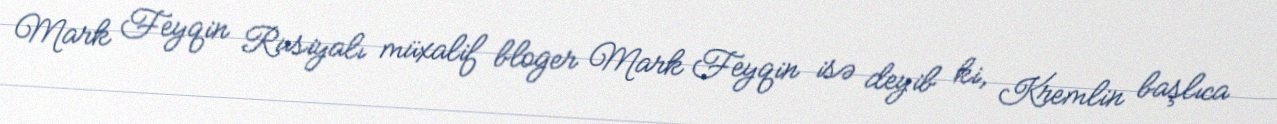
Mark Feyqin Rusiyalı müxalif bloger Mark Feyqin isə deyib ki, Kremlin başlıca